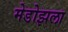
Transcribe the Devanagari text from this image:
मेडोझला